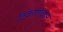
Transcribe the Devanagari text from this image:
ठिकाणांवरून